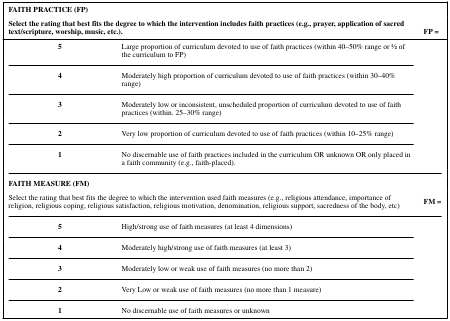
<table><thead><tr><td colspan="2"><b>FAITH PRACTICE (FP)</b></td><td></td></tr><tr><td colspan="2"><b>Select the rating that best fits the degree to which the intervention includes faith practices (e.g., prayer, application of sacred text/scripture, worship, music, etc.).</b></td><td><b>FP =</b></td></tr></thead><tbody><tr><td><b>5</b></td><td>Large proportion of curriculum devoted to use of faith practices (within 40–50% range or 1⁄2 of the curriculum to FP)</td><td rowspan="9"></td></tr><tr><td><b>4</b></td><td>Moderately high proportion of curriculum devoted to use of faith practices (within 30–40% range)</td></tr><tr><td><b>3</b></td><td>Moderately low or inconsistent, unscheduled proportion of curriculum devoted to use of faith practices (within. 25–30% range)</td></tr><tr><td><b>2</b></td><td>Very low proportion of curriculum devoted to use of faith practices (within 10–25% range)</td></tr><tr><td><b>1</b></td><td>No discernable use of faith practices included in the curriculum OR unknown OR only placed in a faith community (e.g., faith-placed).</td></tr><tr><td colspan="2"><b>FAITH MEASURE (FM)</b></td><td></td></tr><tr><td colspan="2">Select the rating that best fits the degree to which the intervention used faith measures (e.g., religious attendance, importance of religion, religious coping, religious satisfaction, religious motivation, denomination, religious support, sacredness of the body, etc)</td><td><b>FM =</b></td></tr><tr><td><b>5</b></td><td>High/strong use of faith measures (at least 4 dimensions)</td><td rowspan="9"></td></tr><tr><td><b>4</b></td><td>Moderately high/strong use of faith measures (at least 3)</td></tr><tr><td><b>3</b></td><td>Moderately low or weak use of faith measures (no more than 2)</td></tr><tr><td><b>2</b></td><td>Very Low or weak use of faith measures (no more than 1 measure)</td></tr><tr><td><b>1</b></td><td>No discernable use of faith measures or unknown</td></tr></tbody></table>